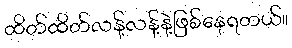
ထိတ်ထိတ်လန့်လန့်နဲ့ဖြစ်နေရတယ်။